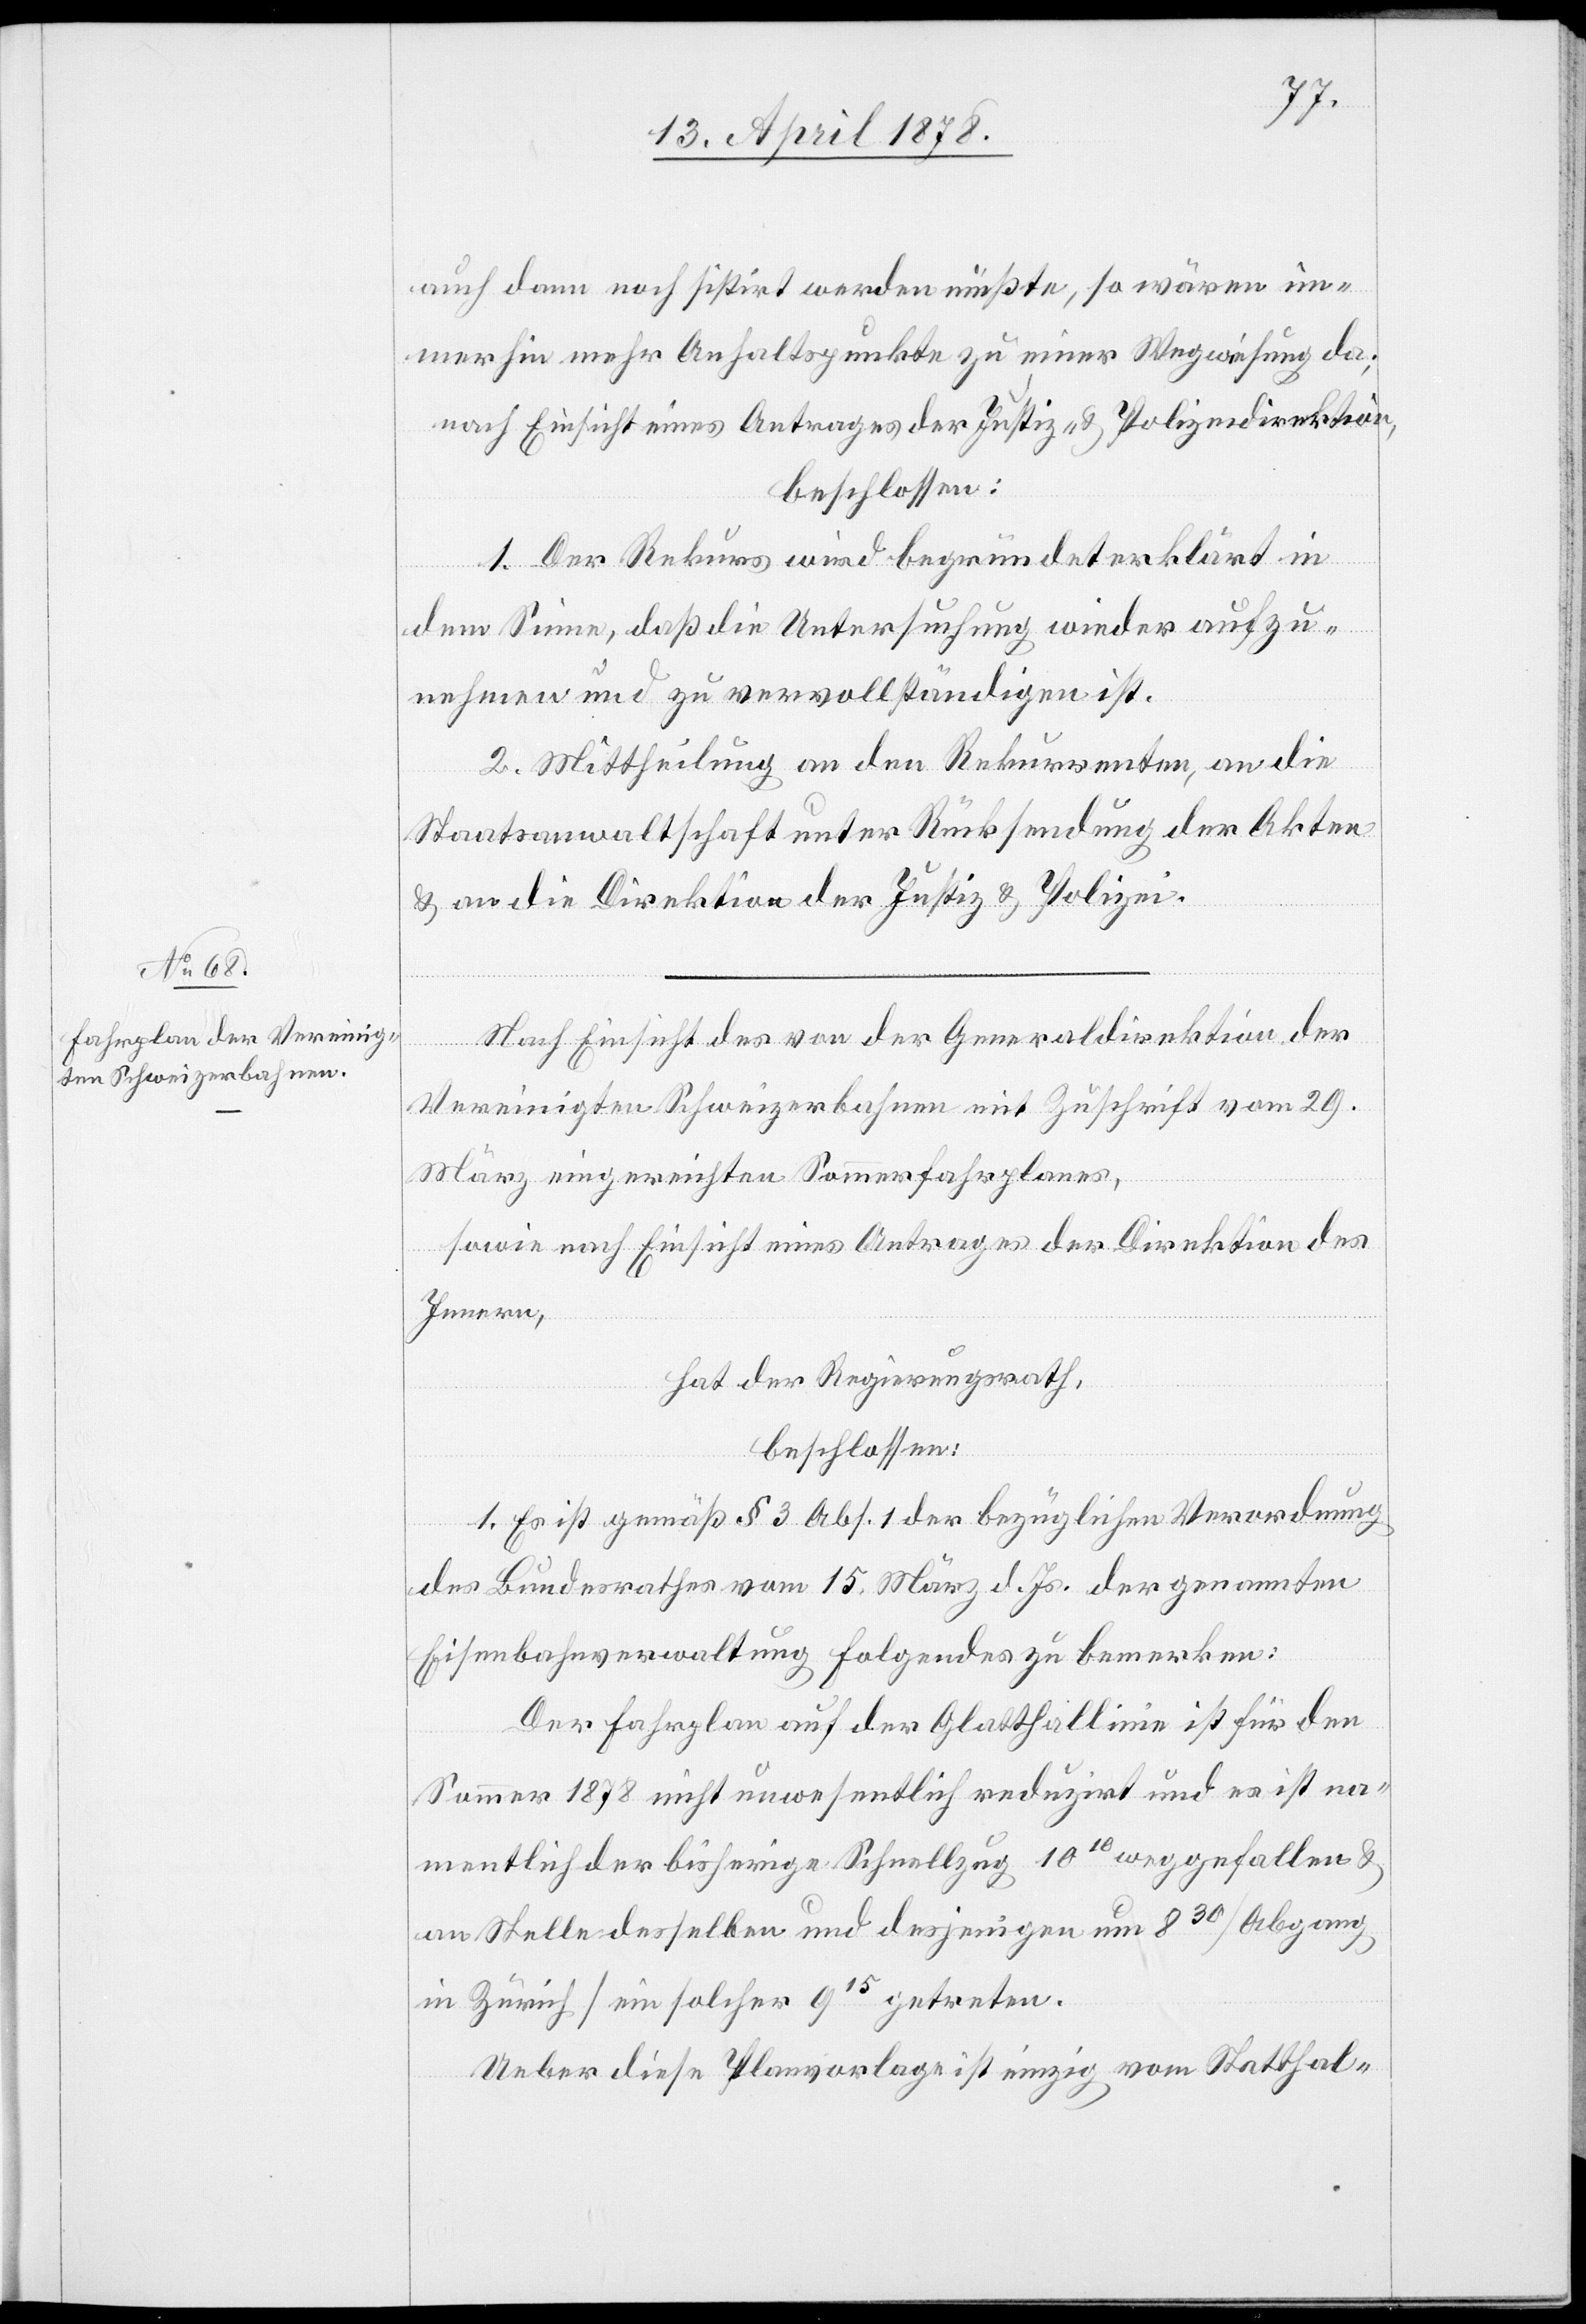
auch dann noch sistirt werden müßte, so wären im¬
merhin mehr Anhaltspunkte zu einer Wegweisung da;
nach Einsicht eines Antrages der Justiz- & Polizeidirektion,
beschlossen:
1. Der Rekurs wird begründet erklärt in
dem Sinne, daß die Untersuchung wieder aufzu¬
nehmen und zu vervollständigen ist.
2. Mittheilung an den Rekurrenten, an die
Staatsanwaltschaft unter Rücksendung der Akten
& an die Direktion der Justiz & Polizei.
Nach Einsicht des von der Generaldirektion der
Vereinigten Schweizerbahnen mit Zuschrift vom 29.
März eingereichten Sommerfahrplans,
sowie nach Einsicht eines Antrages der Direktion des
Innern,
hat der Regierungsrath,
beschlossen:
1. Es ist gemäß § 3 Abs. 1 der bezüglichen Verordnung
des Bundesrathes vom 15. März d. Js. der genannten
Eisenbahnverwaltung folgendes zu bemerken:
Der Fahrplan auf der Glatthallinie ist für den
Sommer 1878 nicht unwesentlich reduzirt und es ist na¬
mentlich der bisherige Schnellzug 1010 weggefallen &
an Stelle desselben und desjenigen um 830 (Abgang
in Zürich) ein solcher 915 getreten.
Ueber diese Planvorlage ist einzig vom Statthal-